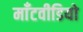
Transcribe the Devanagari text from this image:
माँटवीडियो